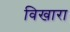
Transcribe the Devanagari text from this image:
विखारा